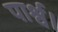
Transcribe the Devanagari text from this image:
पार्श्व।